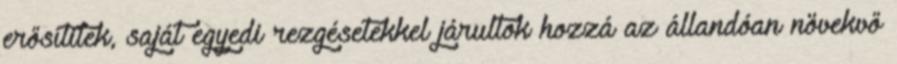
erősítitek, saját egyedi rezgésetekkel járultok hozzá az állandóan növekvő